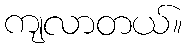
ကျလာတယ်။